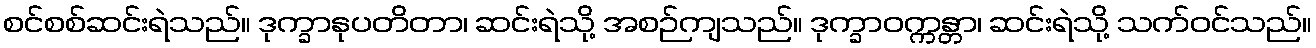
စင်စစ်ဆင်းရဲသည်။ ဒုက္ခာနုပတိတာ၊ ဆင်းရဲသို့ အစဉ်ကျသည်။ ဒုက္ခာဝက္ကန္တာ၊ ဆင်းရဲသို့ သက်ဝင်သည်။